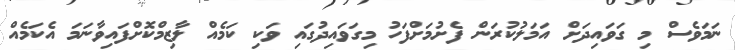
ނަމަވެސް މި ގަވައިދަށް އަމަލުކުރަން ފެށުމަށްފަހު މިގަވައިދުގައި ވަކި ކަމެއް ލާޒިމްކޮށްފައިވާނަމަ އެކަމެއް